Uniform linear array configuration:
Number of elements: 24
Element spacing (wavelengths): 0.25
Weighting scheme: blackman
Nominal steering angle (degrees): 45
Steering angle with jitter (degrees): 45.249
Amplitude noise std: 0.05
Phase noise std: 0.05

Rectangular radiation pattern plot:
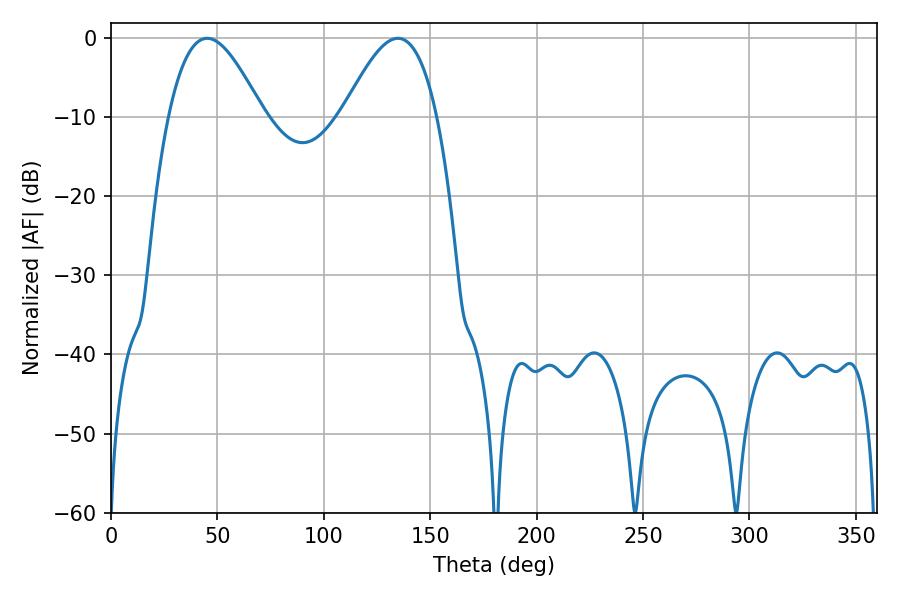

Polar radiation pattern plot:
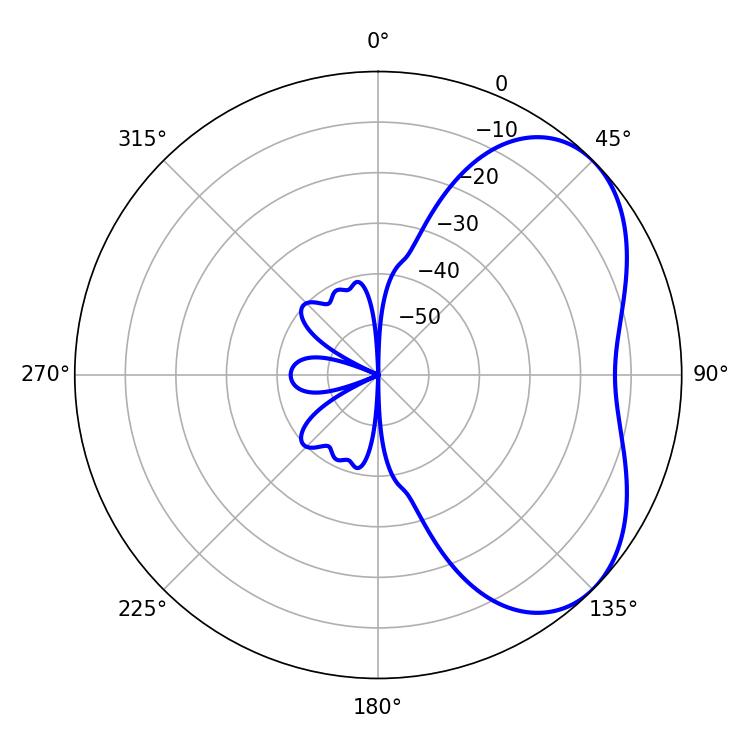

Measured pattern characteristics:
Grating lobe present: FALSE
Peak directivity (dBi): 4.625
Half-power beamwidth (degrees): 23.94
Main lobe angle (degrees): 45.18